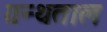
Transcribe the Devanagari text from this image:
ग्रन्थताल